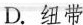
67.2%of social media users are under the age of30.Young people usually act as a link between their